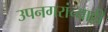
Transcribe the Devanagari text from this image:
उपनगरांच्याही